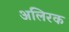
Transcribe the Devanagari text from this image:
अलिरक